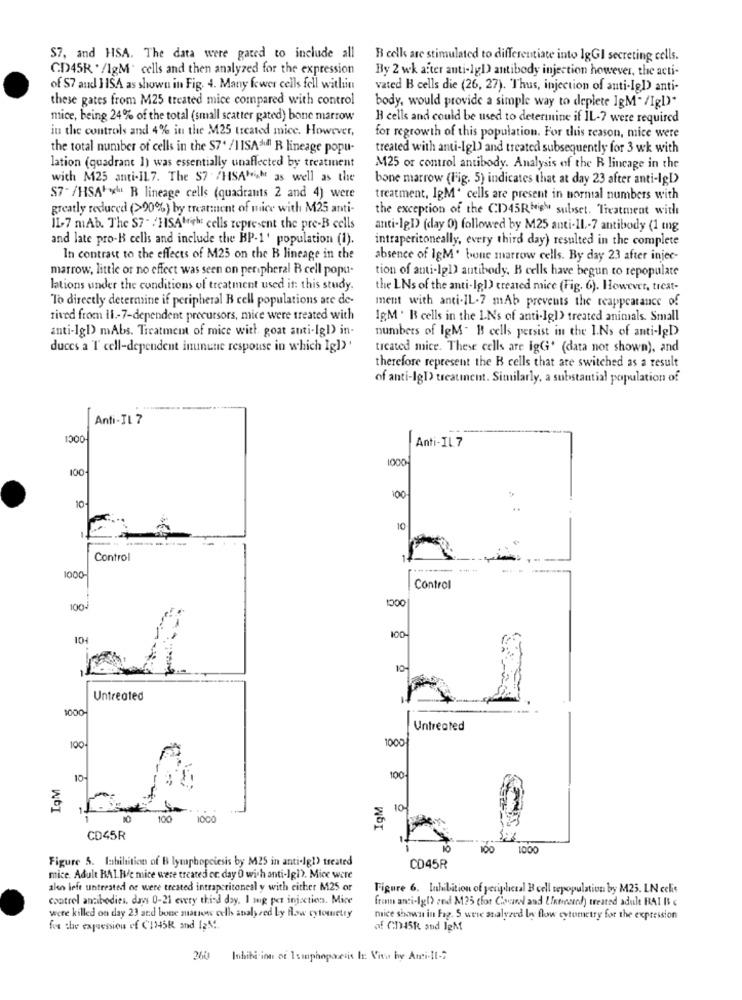
$7, and HSA. The data were gated to include all
B cells are stimulated to differentiate into IgGI secreting cells.
CD45R ' /1gM' cells and then analyzed for the expression
By 2 wk after anti-lg1) antibody injection however, the acti-
of S7 and 1 1SA as shown in Fig. 4. Many fewer cells fell within
vated B cells die (26, 27). Thus, injection of anti-IgD) anti-
these gates from M25 treated mice compared with control
body, would provide a simple way to deplete IgM" /IgI)"
mice, being 24% of the total (small scatter gated) bone marrow
B cells and could be used to determine if IL-7 were required
in the controls and 4% in the M25 treated mice. However,
for regrowth of this population. For this reason, mice were
the total number of cells in the S7' /1ISA*f R lineage popu-
treated with anti-Ig1) and treated subsequently for 3 wk with
lation (quadrant 1) was essentially unaffected by treatment
M25 or control antibody. Analysis of the R lincage in the
with M25 anti-IL7. The S7 /HSAthe as well as the
bone marrow (Fig. 5) indicates that at day 23 after anti-lgI>
$7-/HSA++ R lineage cells (quadrants 2 and 4) were
treatment, IgM' cells are present in normal numbers with
greatly reduced (>90%) by treatment of mice with M25 anti-
the exception of the CD45R His subset. Treatment with
IL-7 mAb. The $7 - /HISAWith cells represent the pre-B cells
anti-1g1) (day 0) followed by M25 anti-11 .- 7 antibody (1 mg
and late pro-B cells and include the BP-1' population (1).
intraperitoneally, every third day) resulted in the complete
In contrast to the effects of M25 on the B lineage in the
absence of IgM' bone marrow cells. By day 23 after injec-
marrow, little or no effect was seen on peripheral B cell popu-
tion of anti-lg1) antibody. B cells have begun to repopulate
lations under the conditions of treatment used it: this study.
the LNs of the anti-Ig1) created mice (Fig. 6). However, treat-
To directly determine if peripheral B cell populations are de-
ment with anti-IL-7 mAb prevents the reappearance of
tived from 11 .- 7-dependent precursors, mice were treated with
IgM . B cells in the LNs of anti-Igl> treated animals. Small
anti-Ig1) mAbs. Treatment of mice with goat anti-Igl) in-
numbers of IgM. B cells persist in the 1.Ns of anti-lgD
duces a T cell-dependent immune response in which Igl)'
ticated mice. These cells are igG' (data not shown), and
therefore represent the B cells that are switched as a result
of anti-lgI> treatment. Similarly, a substantial population of
Anti-IL 7
1000
Anti-IL 7
1000
100
10
100
10
Control
1.
1000
OCCI
Control
100-
101
100
Untreated
1000
Untreated
100
1000
IgM
10
100
IgM
10
1
100
1000
CD45R
100
1000
Figure 5. Inhibition of B lymphopoiesis by M25 in anti-lg!) treated
CD45R
mice. Adult BAL Be mice were treated or. day 0 with anti-Ig1). Mice were
alen left untreated os were treated intraperitoneal y with either M25 or
Figure 6. Inhibition of peripheral Bcell tepopulation by M25. LN celis
contrel antibodies, days 0-21 every thisd day. I mig per injection. Mice
fren anti-lg1) zed M25 cfor Coral and UIntrested) treated adule RAI B &
were killed on day 23 and bone matwww cells analy sed Ly How cytometry
mice shown in Fig. 5 were stalyzed by flow cytometry for the expression
for the expression of CI345K and IEN!
of CHISR and left
260
Inhibi ion of 1smphopacesis It. Vita by Anti-it-"